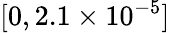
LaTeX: [0,2.1\times 10^{-5}]